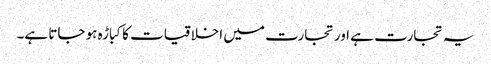
یہ تجارت ہے اور تجارت میں اخلاقیات کا کباڑہ ہو جاتا ہے۔